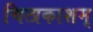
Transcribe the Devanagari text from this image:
चित्प्रकाशम्‌